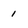
Character: 1